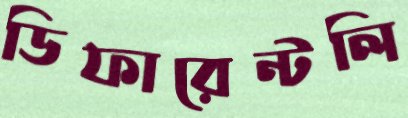
ডিফারেন্টলি